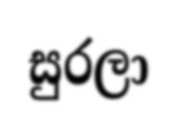
සුරලා